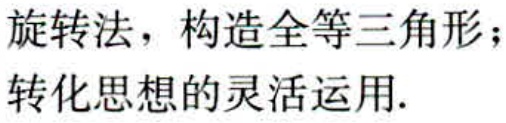
旋转法，构造全等三角形；
转化思想的灵活运用.